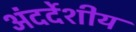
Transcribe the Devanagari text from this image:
अंदर्देशीय